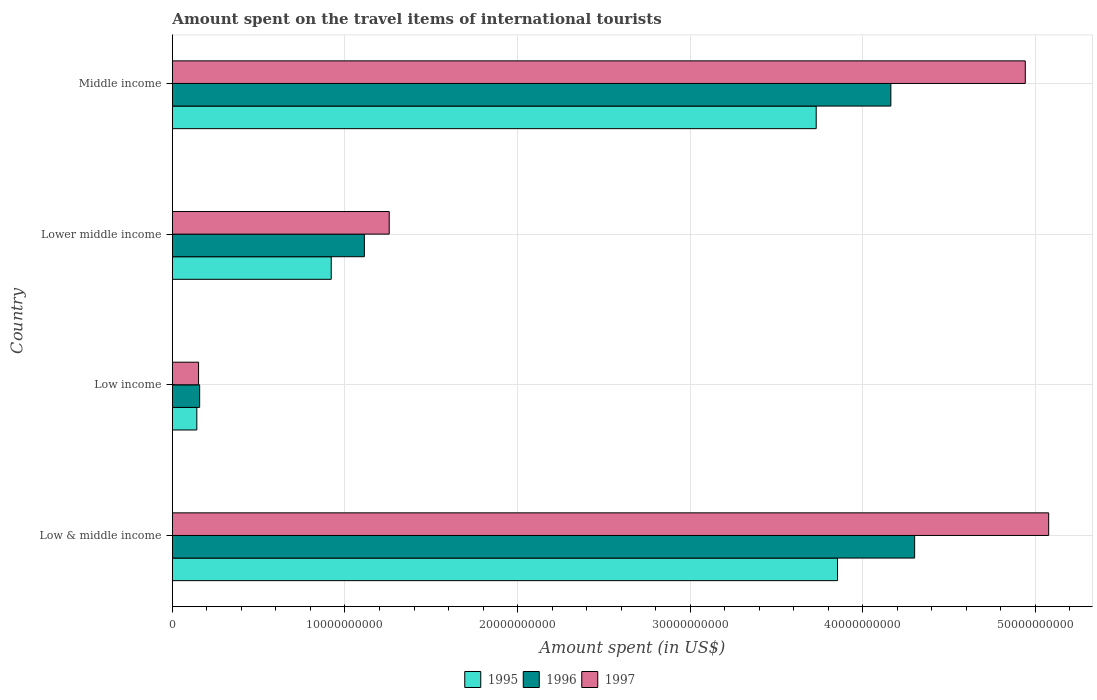
| Country | 1995 | 1996 | 1997 |
 | --- | --- | --- | --- |
 | Low & middle income | 3.85e+10 | 4.3e+10 | 5.08e+10 |
 | Low income | 1.42e+09 | 1.58e+09 | 1.52e+09 |
 | Lower middle income | 9.2e+09 | 1.11e+10 | 1.26e+10 |
 | Middle income | 3.73e+10 | 4.16e+10 | 4.94e+10 |